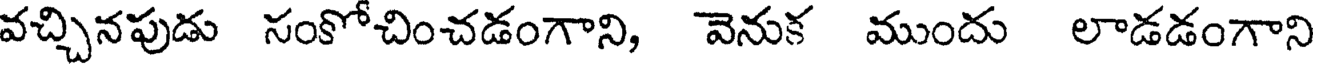
వచ్చినపుడు సంకోచించడంగాని, వెనుక ముందు లాడడంగాని